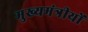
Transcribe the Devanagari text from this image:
मुख्यमंत्रीयों